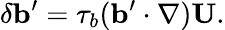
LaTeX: \delta{\mathbf{b}}^{\prime}=\tau_{b}({\mathbf{b}}^{\prime}\cdot\nabla){\mathbf{U}}.